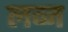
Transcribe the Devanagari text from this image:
लव्ज